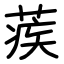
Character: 蒺